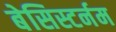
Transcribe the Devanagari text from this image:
बेसिस्टर्नम